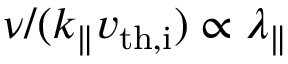
\nu / ( k _ { \parallel } v _ { \mathrm { t h , i } } ) \propto \lambda _ { \parallel }